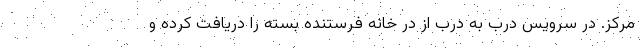
مرکز. در سرویس درب به درب از در خانه فرستنده بسته را دریافت کرده و